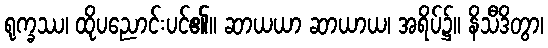
ရုက္ခဿ၊ ထိုပညောင်းပင်၏။ ဆာယယာ ဆာယာယ၊ အရိပ်၌။ နိသီဒိတွာ၊